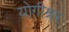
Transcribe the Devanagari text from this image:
योगीश्नर